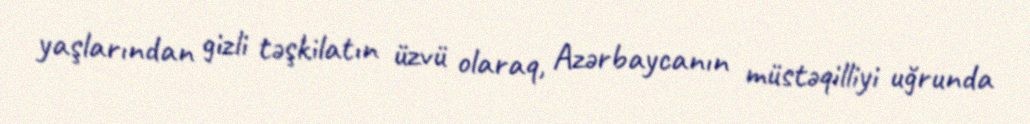
yaşlarından gizli təşkilatın üzvü olaraq, Azərbaycanın müstəqilliyi uğrunda